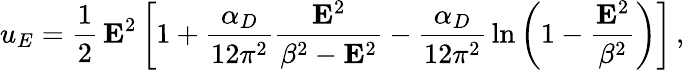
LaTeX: u_{E}=\frac{1}{2}\, {\mathbf E}^{2}\left[1+\frac{\alpha_{D}}{12\pi^{2}}\frac{{\mathbf E}^{2}}{\beta^{2}-{\mathbf E}^{2}}-\frac{\alpha_{D}}{12\pi^{2}}\, \ln\left(1-\frac{{\mathbf E}^{2}}{\beta^{2}}\right)\right]\, ,\; \;